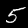
Label: 5